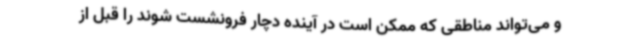
و می‌تواند مناطقی که ممکن است در آینده دچار فرونشست شوند را قبل از